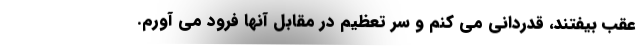
عقب بیفتند، قدردانی می کنم و سر تعظیم در مقابل آنها فرود می آورم.